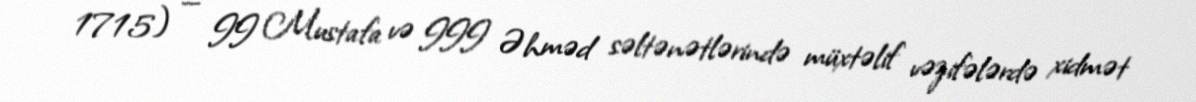
1715) — II Mustafa və III Əhməd səltənətlərində müxtəlif vəzifələrdə xidmət